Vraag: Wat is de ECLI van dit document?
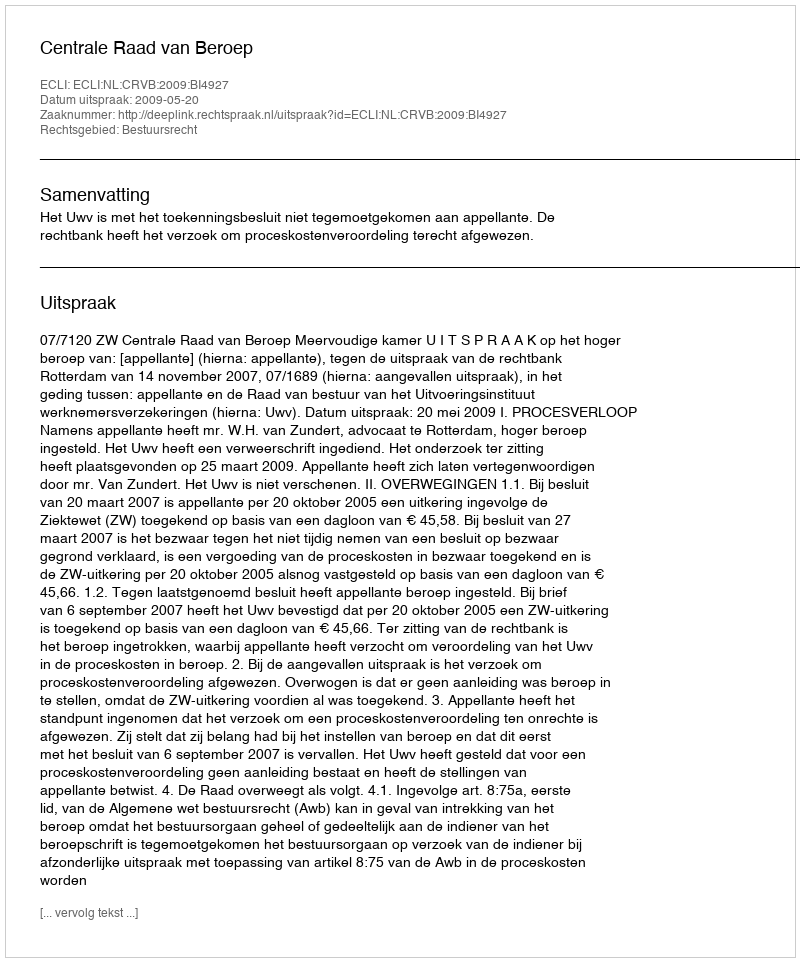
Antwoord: ECLI:NL:CRVB:2009:BI4927